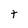
Character: t